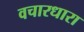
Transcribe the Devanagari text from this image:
वचारधारा